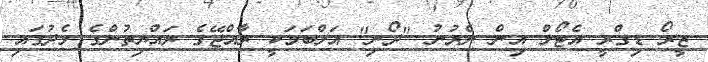
ޒީރޯ ޑިގްރީ އެޓޯލް އިން ނެރުނު "ދޯނި" އަލްބަމަކީ ރާއްޖޭގެ ރައްޔިތުންގެ މެދުގައި